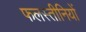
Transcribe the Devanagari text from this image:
फलस्तीनियों